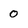
Character: 0